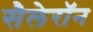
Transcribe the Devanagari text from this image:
सैलेरॉन